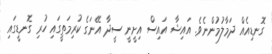
ގޮނޑިއެއް ދަމާލުމުންނެވެ. އައިޝާ އައިސް އިށީނީ ސީދާ އޭނަގެ ކުރިމަތީގައި ހުރި ގޮނޑީގައި